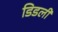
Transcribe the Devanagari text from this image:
डिडली